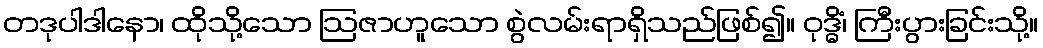
တဒုပါဒါနော၊ ထိုသို့သော ဩဇာဟူသော စွဲလမ်းရာရှိသည်ဖြစ်၍။ ဝုဒ္ဓိံ၊ ကြီးပွားခြင်းသို့။